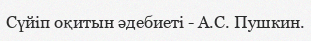
Сүйіп оқитын әдебиеті - А.С. Пушкин.